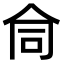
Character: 𬽽